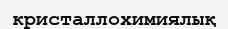
кристаллохимиялық